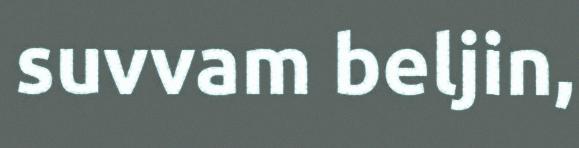
suvvam beljin,